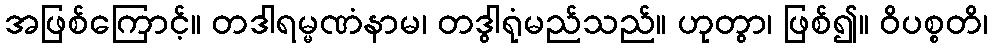
အဖြစ်ကြောင့်။ တဒါရမ္မဏံနာမ၊ တဒွါရုံမည်သည်။ ဟုတွာ၊ ဖြစ်၍။ ဝိပစ္စတိ၊